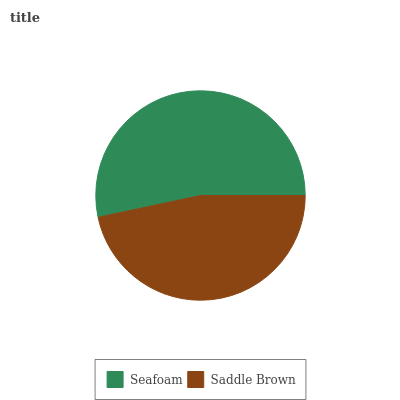
| Seafoam | Saddle Brown |
 | --- | --- |
 | 53.3% | 46.7% |